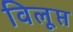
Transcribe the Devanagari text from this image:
विलूप्त